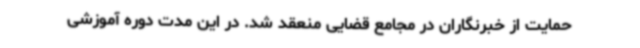
حمایت از خبرنگاران در مجامع قضایی منعقد شد. در این مدت دوره آموزشی